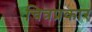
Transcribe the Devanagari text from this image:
चित्रप्रकार